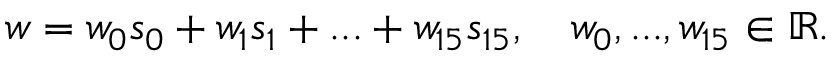
\begin{array} { r } { w = w _ { 0 } s _ { 0 } + w _ { 1 } s _ { 1 } + . . . + w _ { 1 5 } s _ { 1 5 } , \quad w _ { 0 } , . . . , w _ { 1 5 } \in \mathbb { R } . } \end{array}